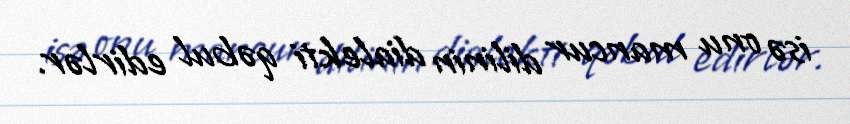
isə onu mancur dilinin dialekti qəbul edirlər.